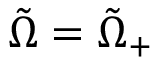
\tilde { \Omega } = \tilde { Ω } _ { + }